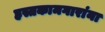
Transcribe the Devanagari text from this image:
हस्तकामगारांना